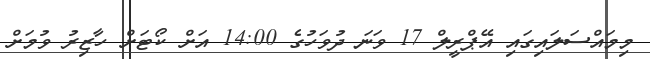
މިމައްސަލައިގައި އޭޕްރީލް 17 ވަނަ ދުވަހުގެ 14:00 އަށް ކޯޓަށް ހާޒިރު ވުމަށް